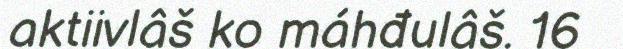
aktiivlâš ko máhđulâš. 16